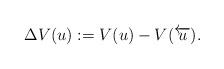
LaTeX: \begin{align*}\Delta V(u):= V(u)-V(\overleftarrow{u}).\end{align*}